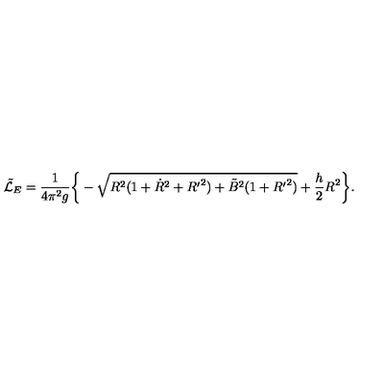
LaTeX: { \tilde { \cal L } _ { E } } = \frac { 1 } { 4 \pi ^ { 2 } g } \bigg \{ - \sqrt { R ^ { 2 } ( 1 + { \dot { R } } ^ { 2 } + { R ^ { \prime } } ^ { 2 } ) + { \tilde { B } } ^ { 2 } ( 1 + { R ^ { \prime } } ^ { 2 } ) } + \frac { h } { 2 } R ^ { 2 } \bigg \} .